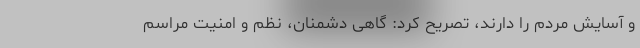
و آسایش مردم را دارند، تصریح کرد: گاهی دشمنان، نظم و امنیت مراسم